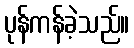
ပုန်ကန်ခဲ့သည်။